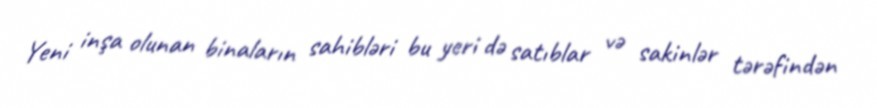
Yeni inşa olunan binaların sahibləri bu yeri də satıblar və sakinlər tərəfindən